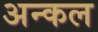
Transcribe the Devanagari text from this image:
अन्कल